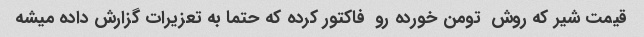
قیمت شیر که روش  تومن خورده رو  فاکتور کرده که حتما به تعزیرات گزارش داده میشه